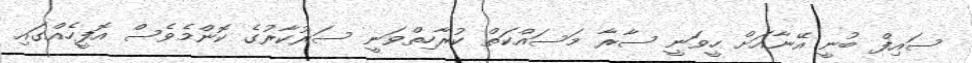
ސައިފް ބުނީ އޭނާއަށް ހީވަނީ ސާރާ މަސައްކަތް ކުރާހިތްވަނީ ސަރުކާރުގެ ކޮންމެވެސް އޮފީހެއްގައި